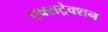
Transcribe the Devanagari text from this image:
एक्सट्रेक्शन